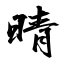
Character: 晴